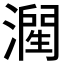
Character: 𱨷